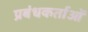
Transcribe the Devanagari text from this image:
प्रबंधकर्ताओं